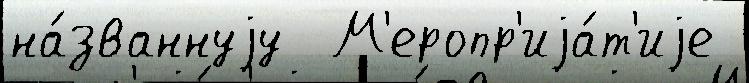
на́званнуjу  М'еропр'иjа́т'иjе